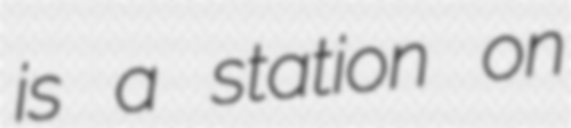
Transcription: is a station on